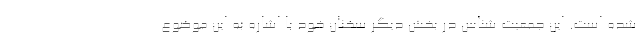
شده است. این جمعیت شناس در بخش دیگر سخنان خود با اشاره به این موضوع